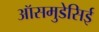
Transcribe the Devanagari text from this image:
ऑसमुडेसिई